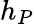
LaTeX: h_{P}